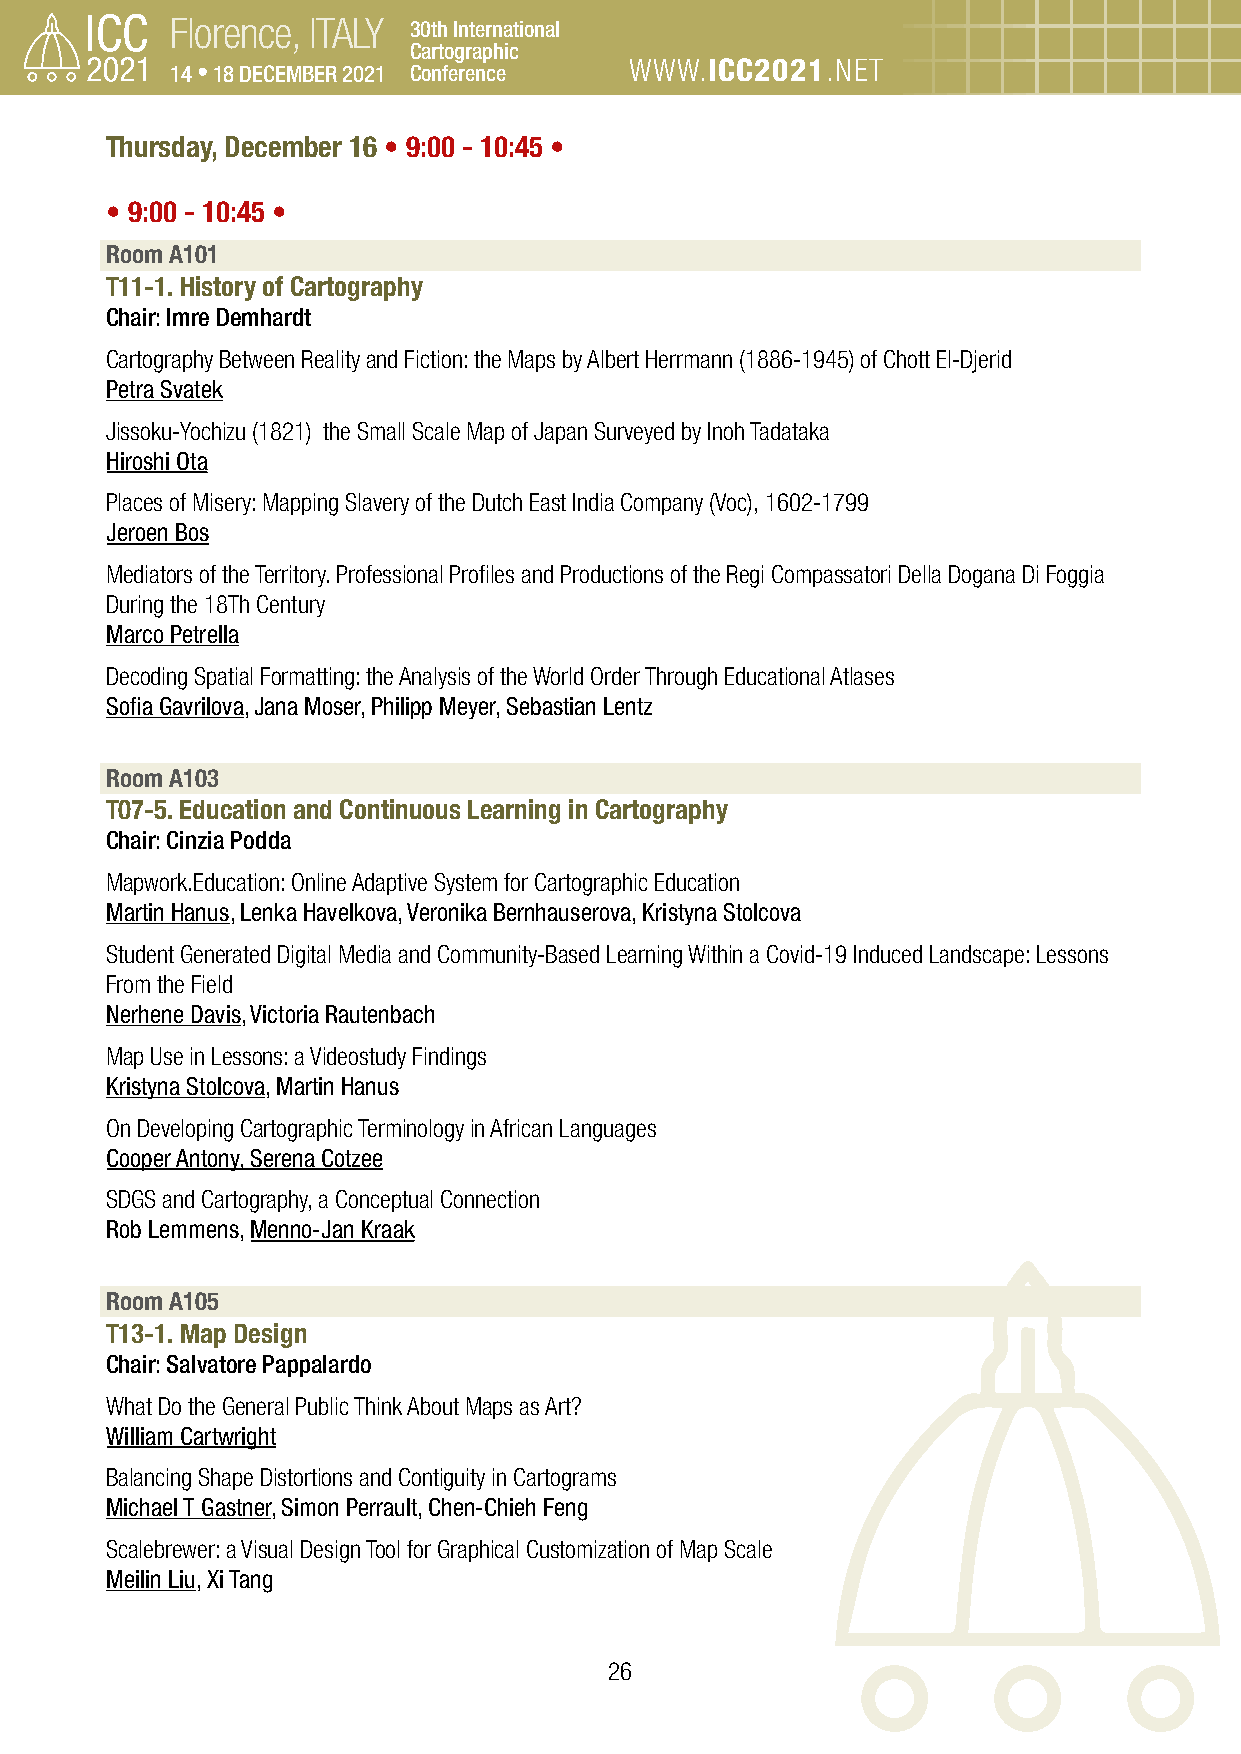
Florence, ITALY 30th International
 Cartographic
 14 • 18 DECEMBER 2021 Conference WWW.ICC2021.NET
 Thursday, December 16 • 9:00 - 10:45 •
 • 9:00 - 10:45 •
 Room A101
 T11-1. History of Cartography
 Chair: Imre Demhardt
 Cartography Between Reality and Fiction: the Maps by Albert Herrmann (1886-1945) of Chott El-Djerid
 Petra Svatek
 Jissoku-Yochizu (1821) the Small Scale Map of Japan Surveyed by Inoh Tadataka
 Hiroshi Ota
 Places of Misery: Mapping Slavery of the Dutch East India Company (Voc), 1602-1799
 Jeroen Bos
 Mediators of the Territory. Professional Profiles and Productions of the Regi Compassatori Della Dogana Di Foggia
 During the 18Th Century
 Marco Petrella
 Decoding Spatial Formatting: the Analysis of the World Order Through Educational Atlases
 Sofia Gavrilova, Jana Moser, Philipp Meyer, Sebastian Lentz
 Room A103
 T07-5. Education and Continuous Learning in Cartography
 Chair: Cinzia Podda
 Mapwork.Education: Online Adaptive System for Cartographic Education
 Martin Hanus, Lenka Havelkova, Veronika Bernhauserova, Kristyna Stolcova
 Student Generated Digital Media and Community-Based Learning Within a Covid-19 Induced Landscape: Lessons
 From the Field
 Nerhene Davis, Victoria Rautenbach
 Map Use in Lessons: a Videostudy Findings
 Kristyna Stolcova, Martin Hanus
 On Developing Cartographic Terminology in African Languages
 Cooper Antony, Serena Cotzee
 SDGS and Cartography, a Conceptual Connection
 Rob Lemmens, Menno-Jan Kraak
 Room A105
 T13-1. Map Design
 Chair: Salvatore Pappalardo
 What Do the General Public Think About Maps as Art?
 William Cartwright
 Balancing Shape Distortions and Contiguity in Cartograms
 Michael T Gastner, Simon Perrault, Chen-Chieh Feng
 Scalebrewer: a Visual Design Tool for Graphical Customization of Map Scale
 Meilin Liu, Xi Tang
 26